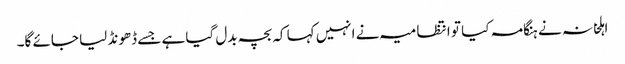
اہلخانہ نے ہنگامہ کیا تو انتظامیہ نے انہیں کہا کہ بچہ بدل گیا ہے جسے ڈھونڈ لیا جائے گا۔